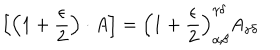
\left[ \left( 1 + \frac { \epsilon } { 2 } \right) \cdot A \right] = \left( 1 + \frac { \epsilon } { 2 } \right) _ { \alpha \beta } ^ { \gamma \delta } A _ { \gamma \delta }